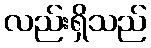
လည်းရှိသည်